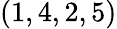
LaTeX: \left(1,4,2,5\right)